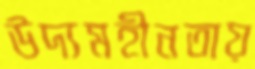
উদ্যমহীনতায়